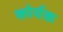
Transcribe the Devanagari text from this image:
कोर्यक